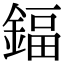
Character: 鍢